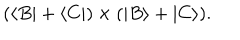
( \langle B | + \langle C | ) \times ( | B \rangle + | C \rangle ) .